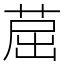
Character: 䓛